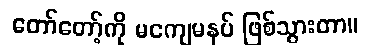
တော်တော့်ကို မကျေမနပ် ဖြစ်သွားတာ။